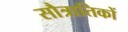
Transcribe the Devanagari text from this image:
सौत्रातिकों